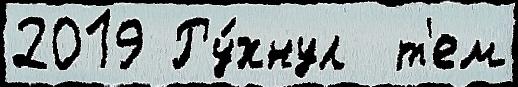
2019 Ру́хнул  т'ем